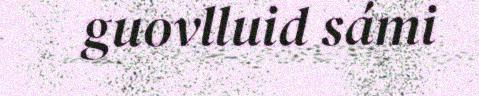
guovlluid sámi